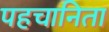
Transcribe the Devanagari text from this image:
पहचानिता